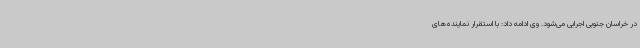
در خراسان جنوبی اجرایی می‌شود. وی ادامه داد: با استقرار نماینده‌های